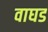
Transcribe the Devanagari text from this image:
वाघड